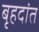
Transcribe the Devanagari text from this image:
बृहदांत